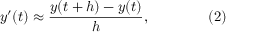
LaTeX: y ^ { \prime } ( t ) \approx { \frac { y ( t + h ) - y ( t ) } { h } } , \qquad \qquad ( 2 )